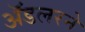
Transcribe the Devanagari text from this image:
ॲडलरने